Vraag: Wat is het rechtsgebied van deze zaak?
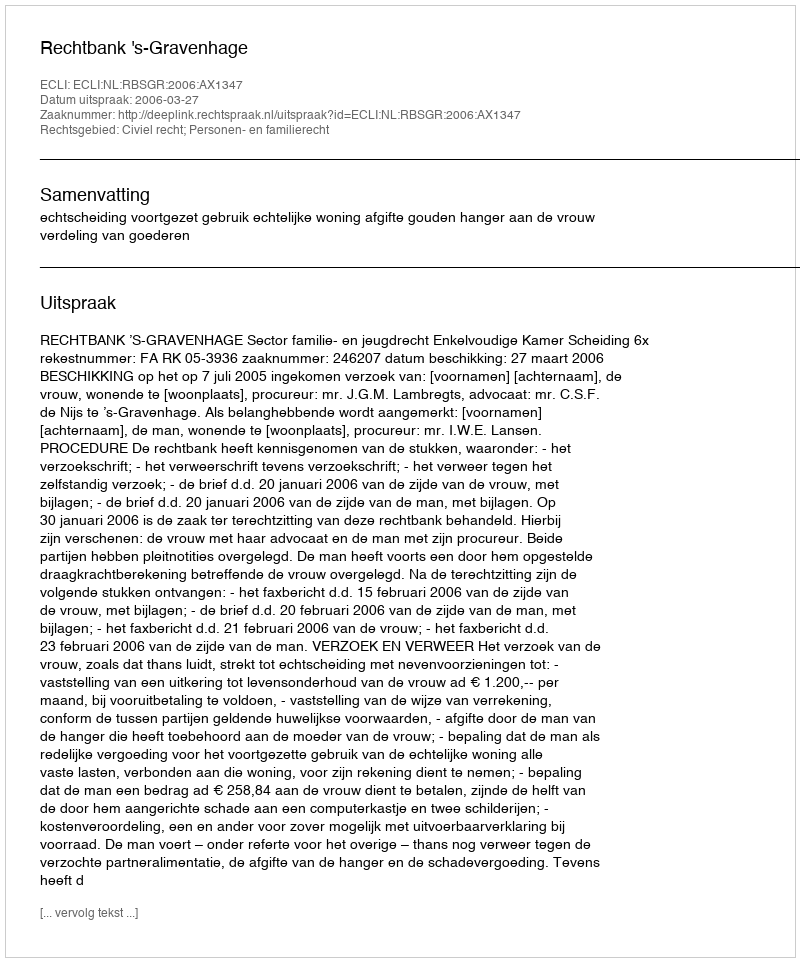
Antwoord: Civiel recht; Personen- en familierecht